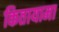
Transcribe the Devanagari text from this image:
कितायामा